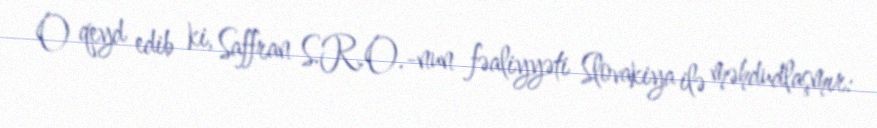
O qeyd edib ki, Saffran S.R.O.-nun fəaliyyəti Slovakiya ilə məhdudlaşmır: